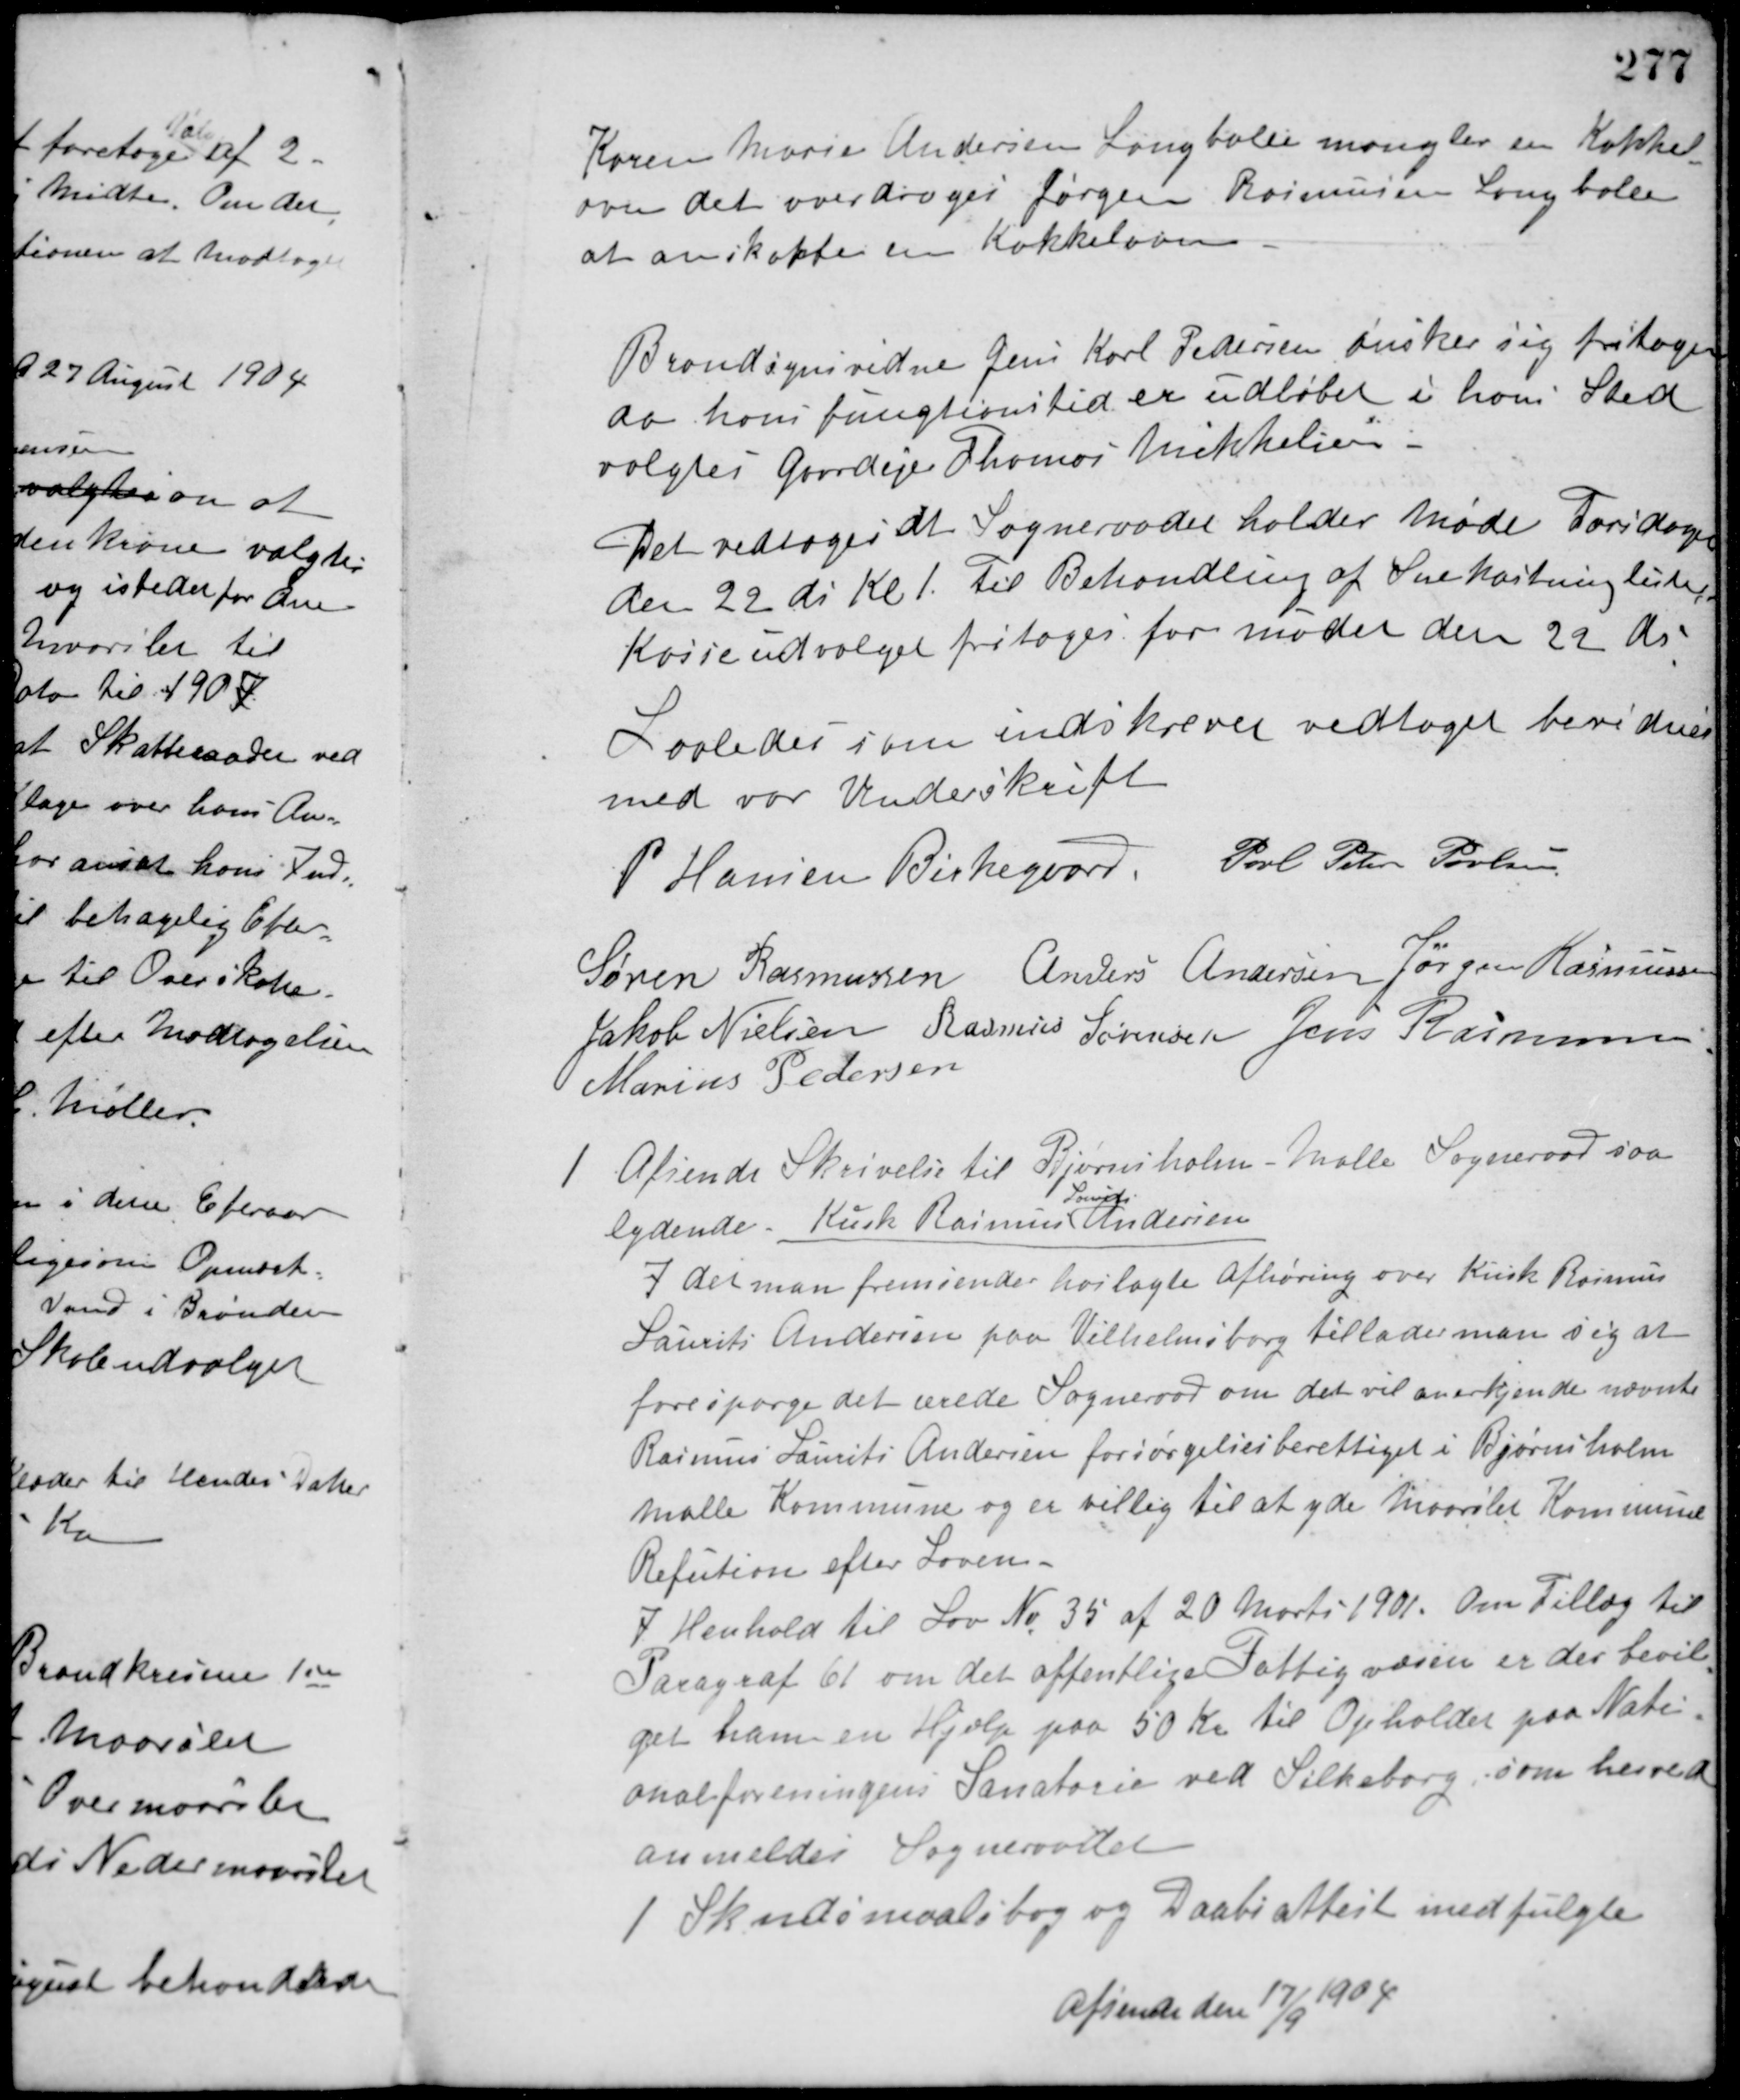
Transskription:
Karen Marie Andersen Langballe mangler en Kakkel-
ovn det overdroges Jørgen Rasmussen Langballe
at anskaffe en Kakkelovn.
Brandsynsvidne Jens Karl Pedersen ønsker sig fritaget
da hans fungtionstid er udløbet i hans Sted
valgtes Gaardejer Thomas Mikkelsen.
Det vedtoges at Sogneraadet holder Møde Torsdagen
den 22 ds. Kl 1. Til Behandling af Snekastninglister.
Kasseudvalget fritages for mødet den 22 ds.
Saaledes som indskrevet vedtaget bevidnes
med vor Underskrift
P. Hansen Birkegaard Poul Peter Poulsen
Søren Rasmussen Anders Andersen Jørgen Rasmussen
Jakob Nielsen Rasmus Sørensen Jens Rasmussen
Marius Pedersen
1 Afsende Skrivelse til Bjørnsholm - Malle Sogneraad saa-
lydende. Kusk Rasmus
Laurits
Andersen
Idet man fremsender hoslagte Afhøring over Kusk Rasmus
Laurits Andersen paa Vilhelmsborg tillader man sig at
forespørge det ærede Sogneraad om det vil anerkjende nævnte
Rasmus Laurits Andersen forsørgelsesberettiget i Bjørnsholm
Malle Kommune og er villig til at yde Maarslet Kommune
Refution efter Loven.
I Henhold til Lov No. 35 af 20 Marts 1901 om Tillæg til
Paragraf 61 om det offentlige Fattigvæsen er der bevil-
get ham en Hjælp paa 50 Kr. til Opholdet paa Nati-
onalforeningens Sanatorie ved Silkeborg, som herved
anmeldes Sogneraadet.
1 Skudsmaalsbog og Daabsattest medfulgte
Afsendt den 17/9 1904